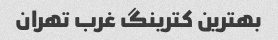
بهترین کترینگ غرب تهران